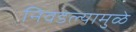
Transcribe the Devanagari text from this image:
निवडल्यामुळे